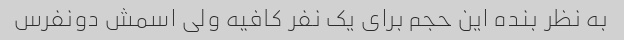
به نظر بنده این حجم برای یک نفر کافیه ولی اسمش دونفرس